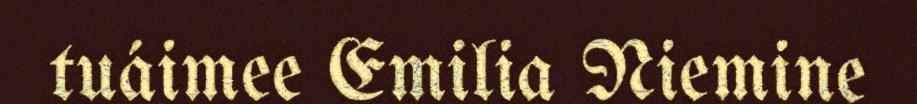
tuáimee Emilia Niemine